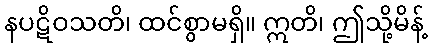
နပဋိဝသတိ၊ ထင်စွာမရှိ။ ဣတိ၊ ဤသို့မိန့်